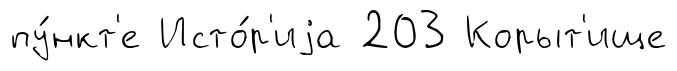
пу́нкт'е Исто́р'иjа 203 Корыт'ище